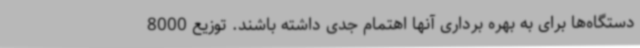
دستگاه‌ها برای به بهره برداری آنها اهتمام جدی داشته باشند. توزیع 8000